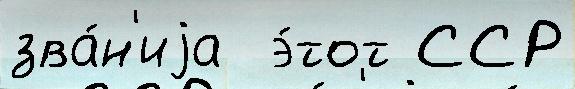
зва́н'иjа  э́тот ССР